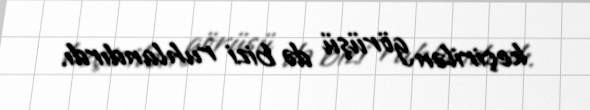
keçirilən görüşü də bizi ruhlandırdı.